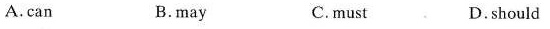
A.can B.may C.must D.should